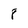
Character: 8